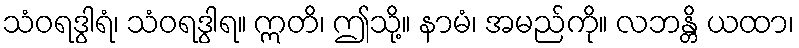
သံဝရဒွါရံ၊ သံဝရဒွါရ။ ဣတိ၊ ဤသို့။ နာမံ၊ အမည်ကို။ လဘန္တိ ယထာ၊